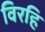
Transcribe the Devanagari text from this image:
विरहि